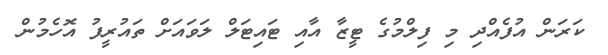
ކަރަން އުފެއްދި މި ފިލްމުގެ ޓީޒާ އާއި ޓައިޓަލް ލަވައަށް ތައުރީފު އޮހެމުން